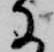
に